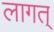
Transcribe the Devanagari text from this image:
लागत्